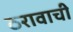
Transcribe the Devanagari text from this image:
ठरावाची